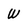
Character: W